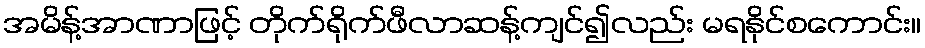
အမိန့်အာဏာဖြင့် တိုက်ရိုက်ဖီလာဆန့်ကျင်၍လည်း မရနိုင်စကောင်း။